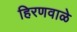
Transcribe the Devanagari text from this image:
हिरणवाळे